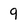
Character: 9